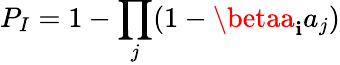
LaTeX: {P_{I}=1-\prod_{j}(1-\betaa_{\mathbf{i}}a_{j})}